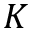
K